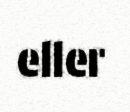
eller